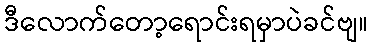
ဒီလောက်တော့ရောင်းရမှာပဲခင်ဗျ။